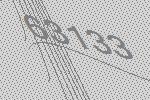
63133